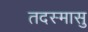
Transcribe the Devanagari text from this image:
तदस्मासु